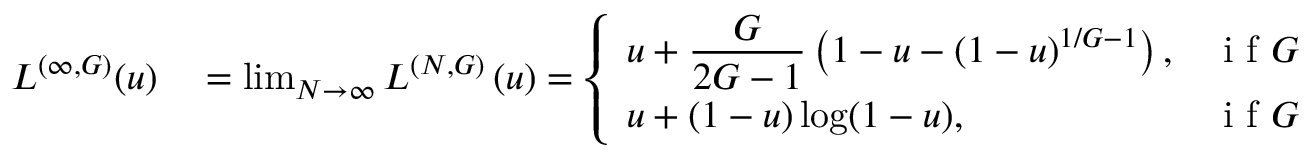
\begin{array} { r l } { L ^ { ( \infty , G ) } ( u ) } & { { } = \operatorname* { l i m } _ { N \to \infty } L ^ { ( N , G ) } \left( u \right) = \left\{ \begin{array} { l l } { \displaystyle u + \frac { G } { 2 G - 1 } \left( 1 - u - ( 1 - u ) ^ { 1 / G - 1 } \right) , } & { \mathrm { ~ i ~ f ~ } G \neq \frac { 1 } { 2 } , } \\ { \displaystyle u + ( 1 - u ) \log ( 1 - u ) , } & { \mathrm { ~ i ~ f ~ } G = \frac { 1 } { 2 } . } \end{array} \right. } \end{array}